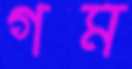
গম